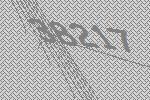
38217